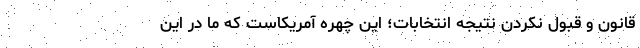
قانون و قبول نکردن نتیجه انتخابات؛ این چهره آمریکاست که ما در این